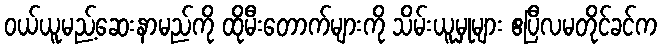
ဝယ်ယူမည့်ဆေးနာမည်ကို ထိုမီးတောက်များကို သိမ်းယူမှုများ ဧပြီလမတိုင်ခင်က